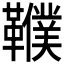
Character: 𩍩